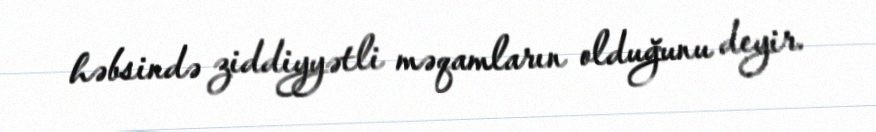
həbsində ziddiyyətli məqamların olduğunu deyir.